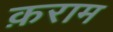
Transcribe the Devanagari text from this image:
क़राम